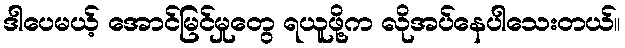
ဒါပေမယ့် အောင်မြင်မှုတွေ ရယူဖို့က လိုအပ်နေပါသေးတယ်။